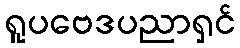
ရူပဗေဒပညာရှင်